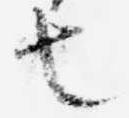
也